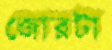
জোরটা